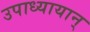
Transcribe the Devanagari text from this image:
उपाध्यायान्‌